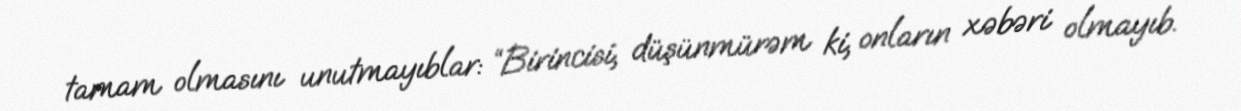
tamam olmasını unutmayıblar: “Birincisi, düşünmürəm ki, onların xəbəri olmayıb.